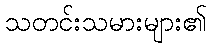
သတင်းသမားများ၏